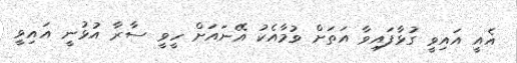
އެއީ އައިވީ ގުޅާފައިވާ އަތަށް ވުމާއެކު އޭނައަށް ހީވީ ސާރާ އުޅުނީ އައިވީ